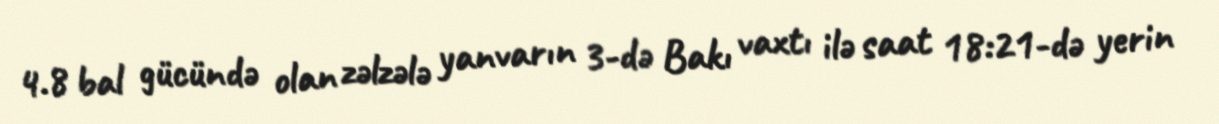
4.8 bal gücündə olan zəlzələ yanvarın 3-də Bakı vaxtı ilə saat 18:21-də yerin